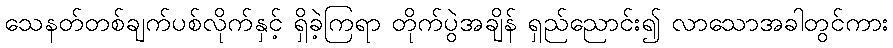
သေနတ်တစ်ချက်ပစ်လိုက်နှင့် ရှိခဲ့ကြရာ တိုက်ပွဲအချိန် ရှည်ညောင်း၍ လာသောအခါတွင်ကား